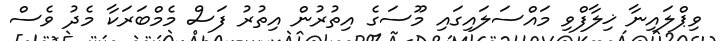
ވިޕްލައިނާ ޚިލާފްވި މައްސަލައިގައި މޫސަގެ އިތުރުން އިތުރު ފަސް މެމްބަރަކާ މެދު ވެސް